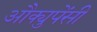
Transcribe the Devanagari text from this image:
औक्युपेंसी